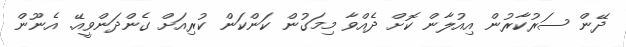
ދޭން ސަރުކާރުން އިއުލާން ކޮށް ދެއްވާ މިމަގުން ކަންކަން ކުރިއަށް ގެންދަންވީއޭ. އެނޫން